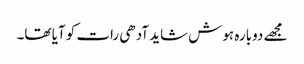
مجھے دوبارہ ہوش شاید آدھی رات کو آیا تھا۔